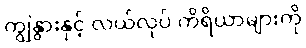
ကျွဲနွားနှင့် လယ်လုပ် ကိရိယာများကို